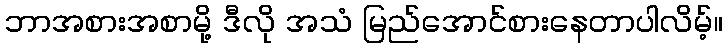
ဘာအစားအစာမို့ ဒီလို အသံ မြည်အောင်စားနေတာပါလိမ့်။